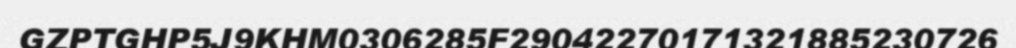
GZPTGHP5J9KHM0306285F29042270171321885230726